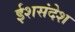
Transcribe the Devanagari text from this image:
ईशसंदेश